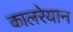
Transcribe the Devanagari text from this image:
कालरेयान